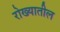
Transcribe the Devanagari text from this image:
रोख्यातील